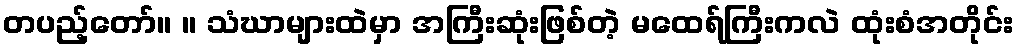
တပည့်တော်။ ။ သံဃာများထဲမှာ အကြီးဆုံးဖြစ်တဲ့ မထေရ်ကြီးကလဲ ထုံးစံအတိုင်း